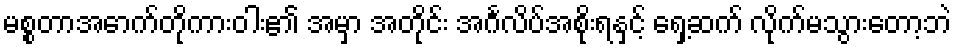
မစ္စတာအောက်တိုကားဝါး၏ အမှာ အတိုင်း အင်္ဂလိပ်အစိုးရနှင့် ရှေ့ဆက် လိုက်မသွားတော့ဘဲ